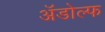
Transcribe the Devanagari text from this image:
अॅडोल्फ